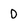
Character: 0